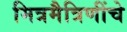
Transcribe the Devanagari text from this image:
मित्रमैत्रिणींचे